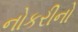
નોકરીનો